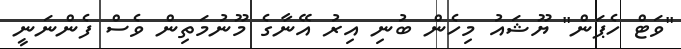
"ވަޓް ހެޕަން" ޔޫޝައު މިހެން ބުނި އިރު އޭނާގެ މޫނުމަތިން ވެސް ފެންނަނީ